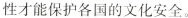
性才能保护各国的文化安全。